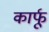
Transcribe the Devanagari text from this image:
कार्फू